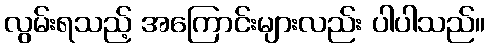
လွမ်းရသည့် အကြောင်းများလည်း ပါပါသည်။